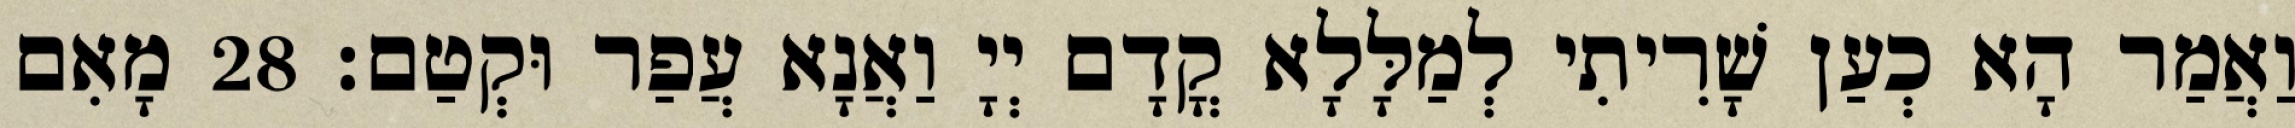
וַאֲמַר הָא כְעַן שָׁרִיתִי לְמַלָּלָא קֳדָם יְיָ וַאֲנָא עֲפַר וּקְטַם׃ 28 מָאִם